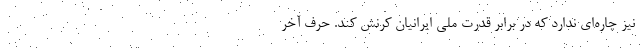
نیز چاره‌ای ندارد که در برابر قدرت ملی ایرانیان کرنش کند. حرف آخر